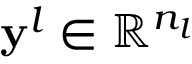
\mathbf { y } ^ { l } \in \mathbb { R } ^ { n _ { l } }